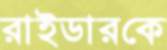
রাইডারকে